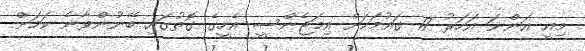
މިއީ އަންނަ އަހަރު 17 ގައުމަކަށް އިމަޖެންސީ އެހީގެ ގޮތުގައި ބޭނުންވާނެ ކަމަށް